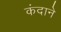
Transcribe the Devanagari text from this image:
कंदाने